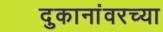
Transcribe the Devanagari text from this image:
दुकानांवरच्या